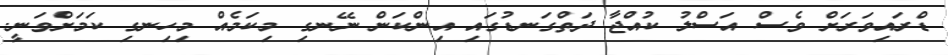
ޑްރައިވަރަށް ވެސް އަސްލު ކުއްޖާ ދަތްގަނޑުގައި އިންކަން ނޭނގި މިކަމެއް މިހިނގި ކަމަށްވަނީ.